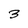
Character: 3